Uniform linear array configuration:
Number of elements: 32
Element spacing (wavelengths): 0.5
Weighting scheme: kaiser
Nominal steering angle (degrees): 45
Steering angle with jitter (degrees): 44.838
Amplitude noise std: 0.05
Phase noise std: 0.05

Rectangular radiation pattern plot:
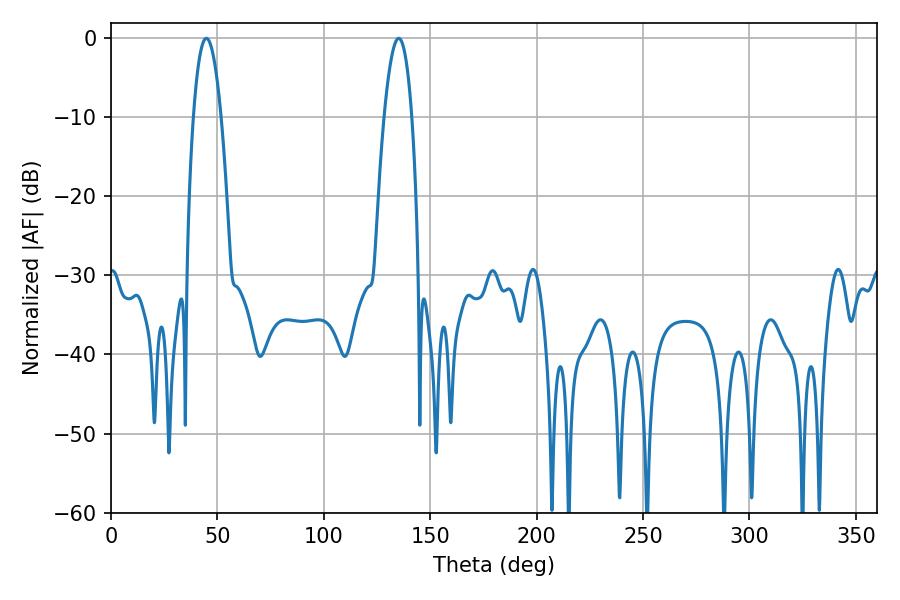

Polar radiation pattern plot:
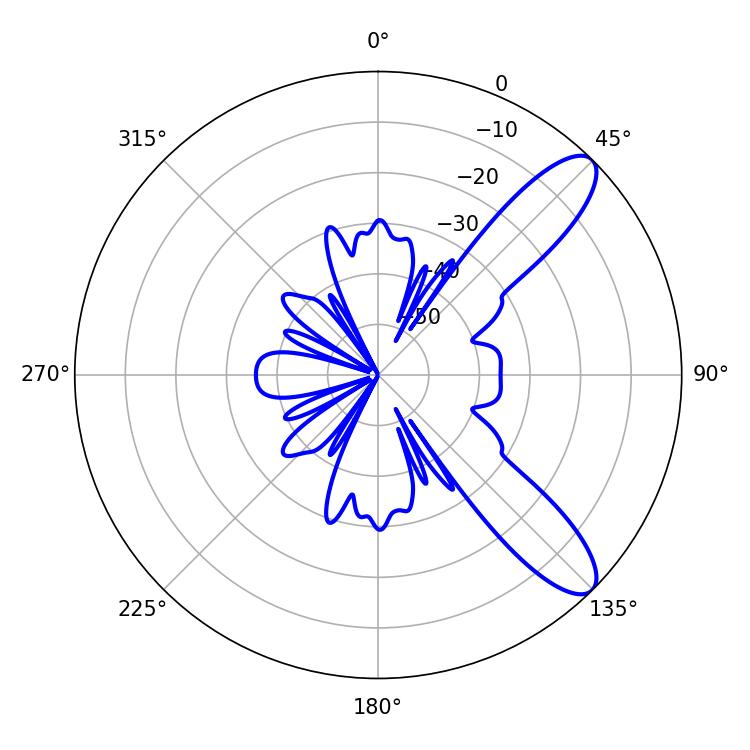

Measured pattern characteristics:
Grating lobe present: FALSE
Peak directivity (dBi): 10.205
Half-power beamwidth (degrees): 7.2
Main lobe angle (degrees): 44.82